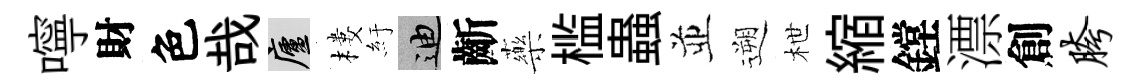
嚀財色哉廬樓紆迪齗藥槛蟲並遡枻縮鏜漂創胯